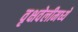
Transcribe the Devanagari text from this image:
वृक्षवेलीमध्ये